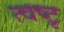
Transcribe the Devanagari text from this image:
त्वष्टृ